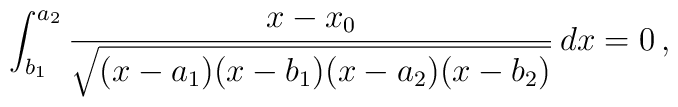
\int_{b_1}^{a_2}\frac{x-x_0}{\sqrt{(x-a_1)(x-b_1)(x-a_2)(x-b_2)}}\,dx=0\,,